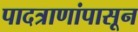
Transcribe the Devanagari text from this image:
पादत्राणांपासून